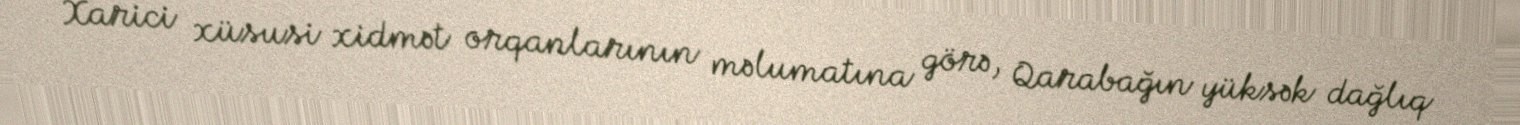
Xarici xüsusi xidmət orqanlarının məlumatına görə, Qarabağın yüksək dağlıq